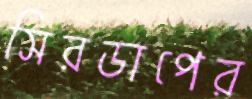
সিরডাপের